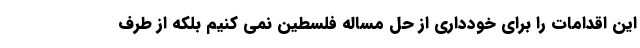
این اقدامات را برای خودداری از حل مساله فلسطین نمی کنیم بلکه از طرف